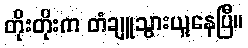
တိုးတိုးက တံချူသွားယူနေပြီ။